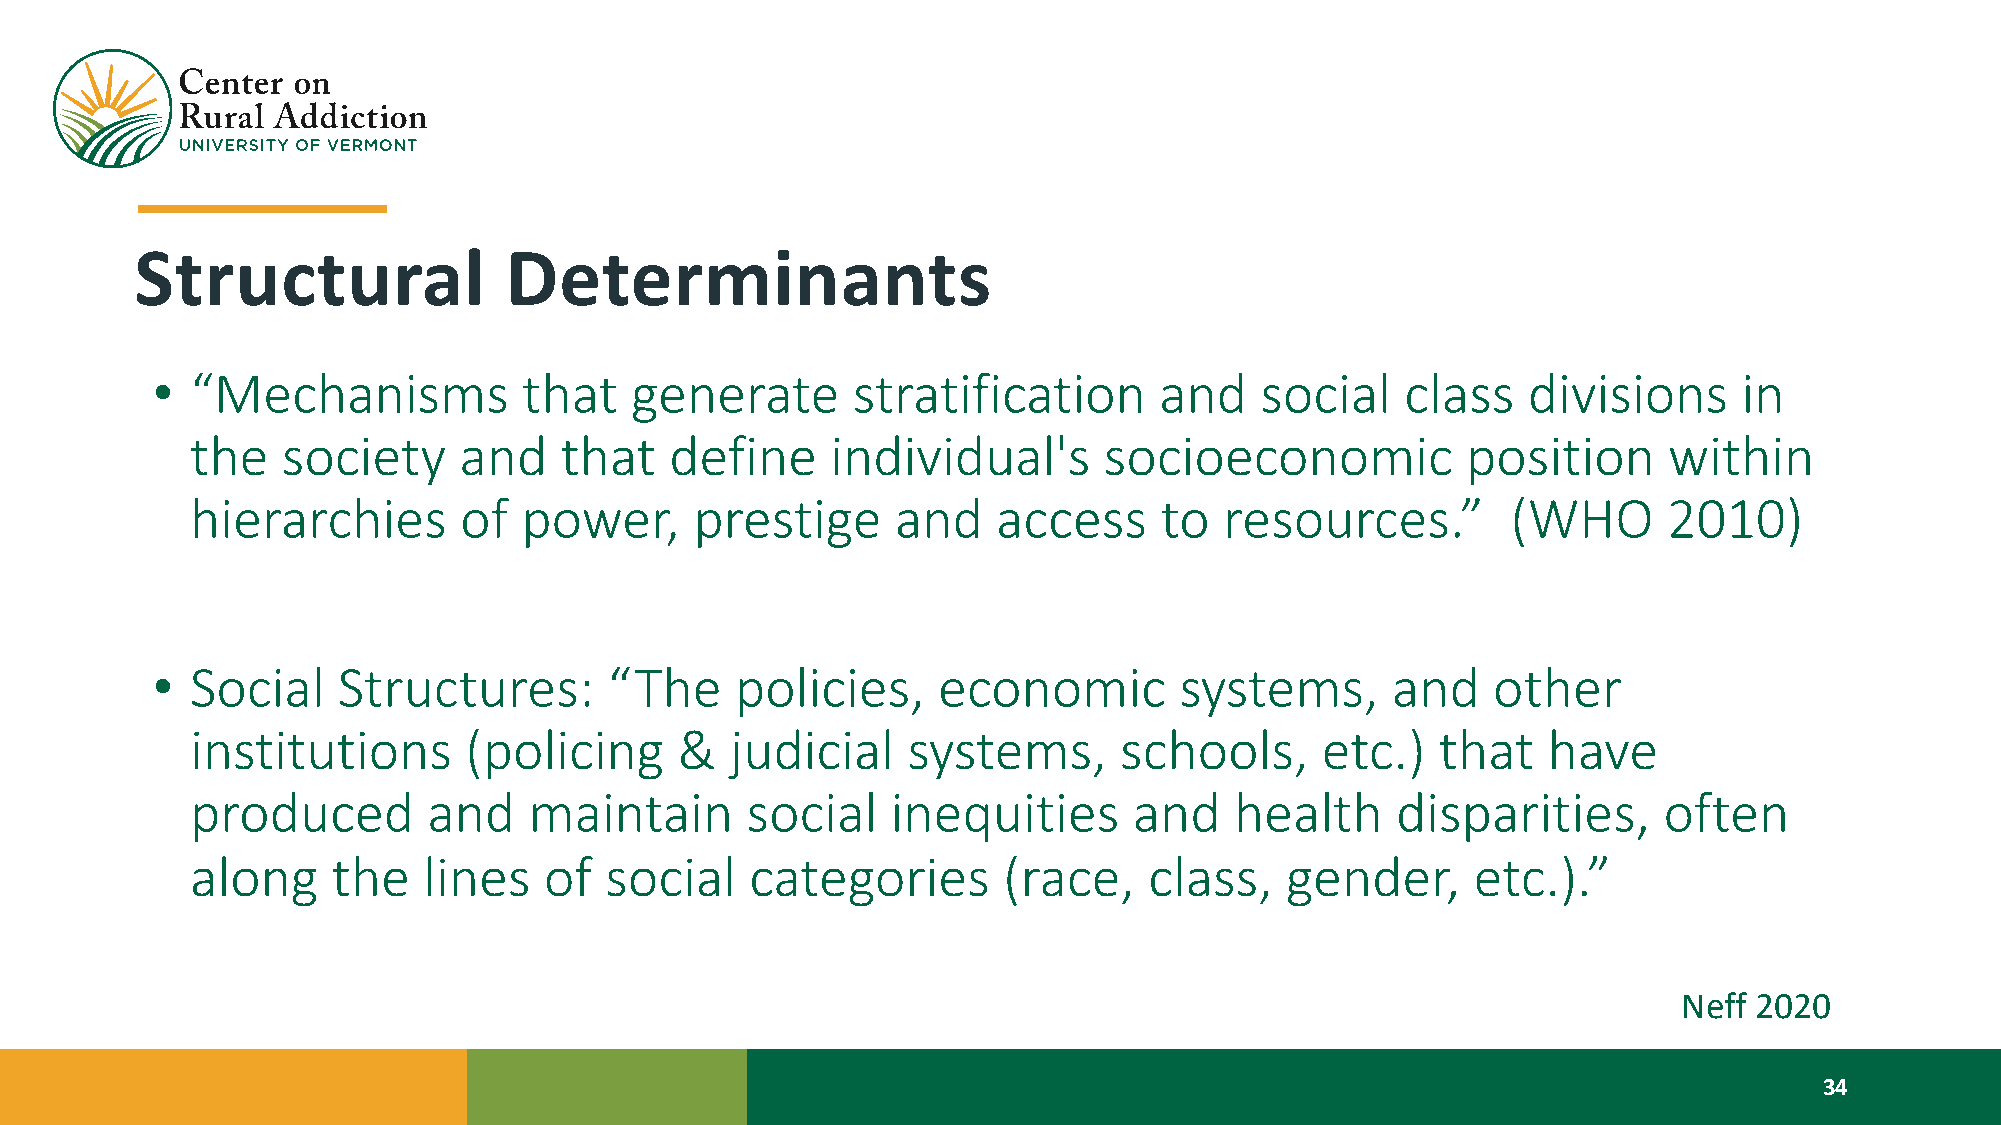
Structural              Determinants
 •  “Mechanisms           that   generate      stratification       and   social    class   divisions     in
 the   society    and    that   define     individual's      socioeconomic           position     within
 hierarchies      of   power,     prestige     and    access     to  resources.”        (WHO      2010)
 •  Social   Structures:       “The     policies,    economic        systems,      and    other
 institutions      (policing     &  judicial    systems,      schools,     etc.)   that   have
 produced       and    maintain      social    inequities      and    health    disparities,      often
 along    the   lines   of  social    categories      (race,    class,   gender,      etc.).”
 Neff 2020
 34